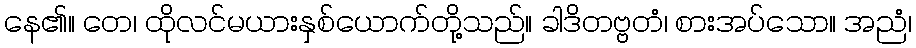
နေ၏။ တေ၊ ထိုလင်မယားနှစ်ယောက်တို့သည်။ ခါဒိတဗ္ဗတံ၊ စားအပ်သော။ အညံ၊